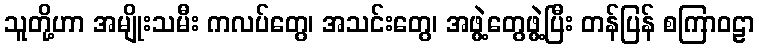
သူတို့ဟာ အမျိုးသမီး ကလပ်တွေ၊ အသင်းတွေ၊ အဖွဲ့တွေဖွဲ့ပြီး တန်ပြန် စကြာဝဠာ